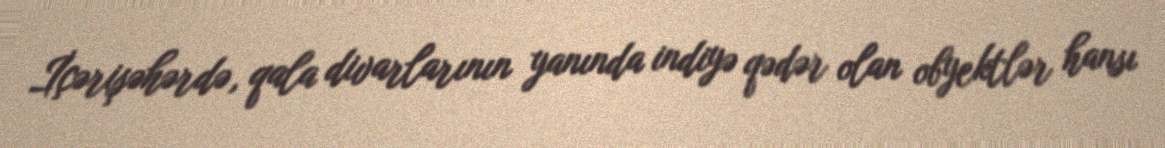
İçərişəhərdə, qala divarlarının yanında indiyə qədər olan obyektlər hansı